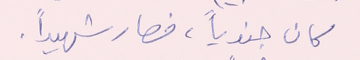
كان جندياً، فصار شهيداً.